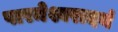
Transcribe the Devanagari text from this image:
पारमेश्वरादयं